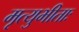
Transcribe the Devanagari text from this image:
मृत्युभीताः